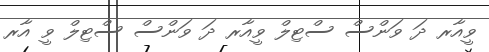
ވީއާރ ދަ ވަންސް ސްޓިލް ވީއާރ ދަ ވަންސް ސްޓިލް ވީ އާރ